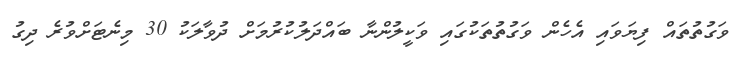
ވަގުތުތައް ފިޔަވައި އެހެން ވަގުތުތަކުގައި ވަކީލުންނާ ބައްދަލުކުރުމަށް ދުވާލަކު 30 މިނެޓަށްވުރެ ދިގު